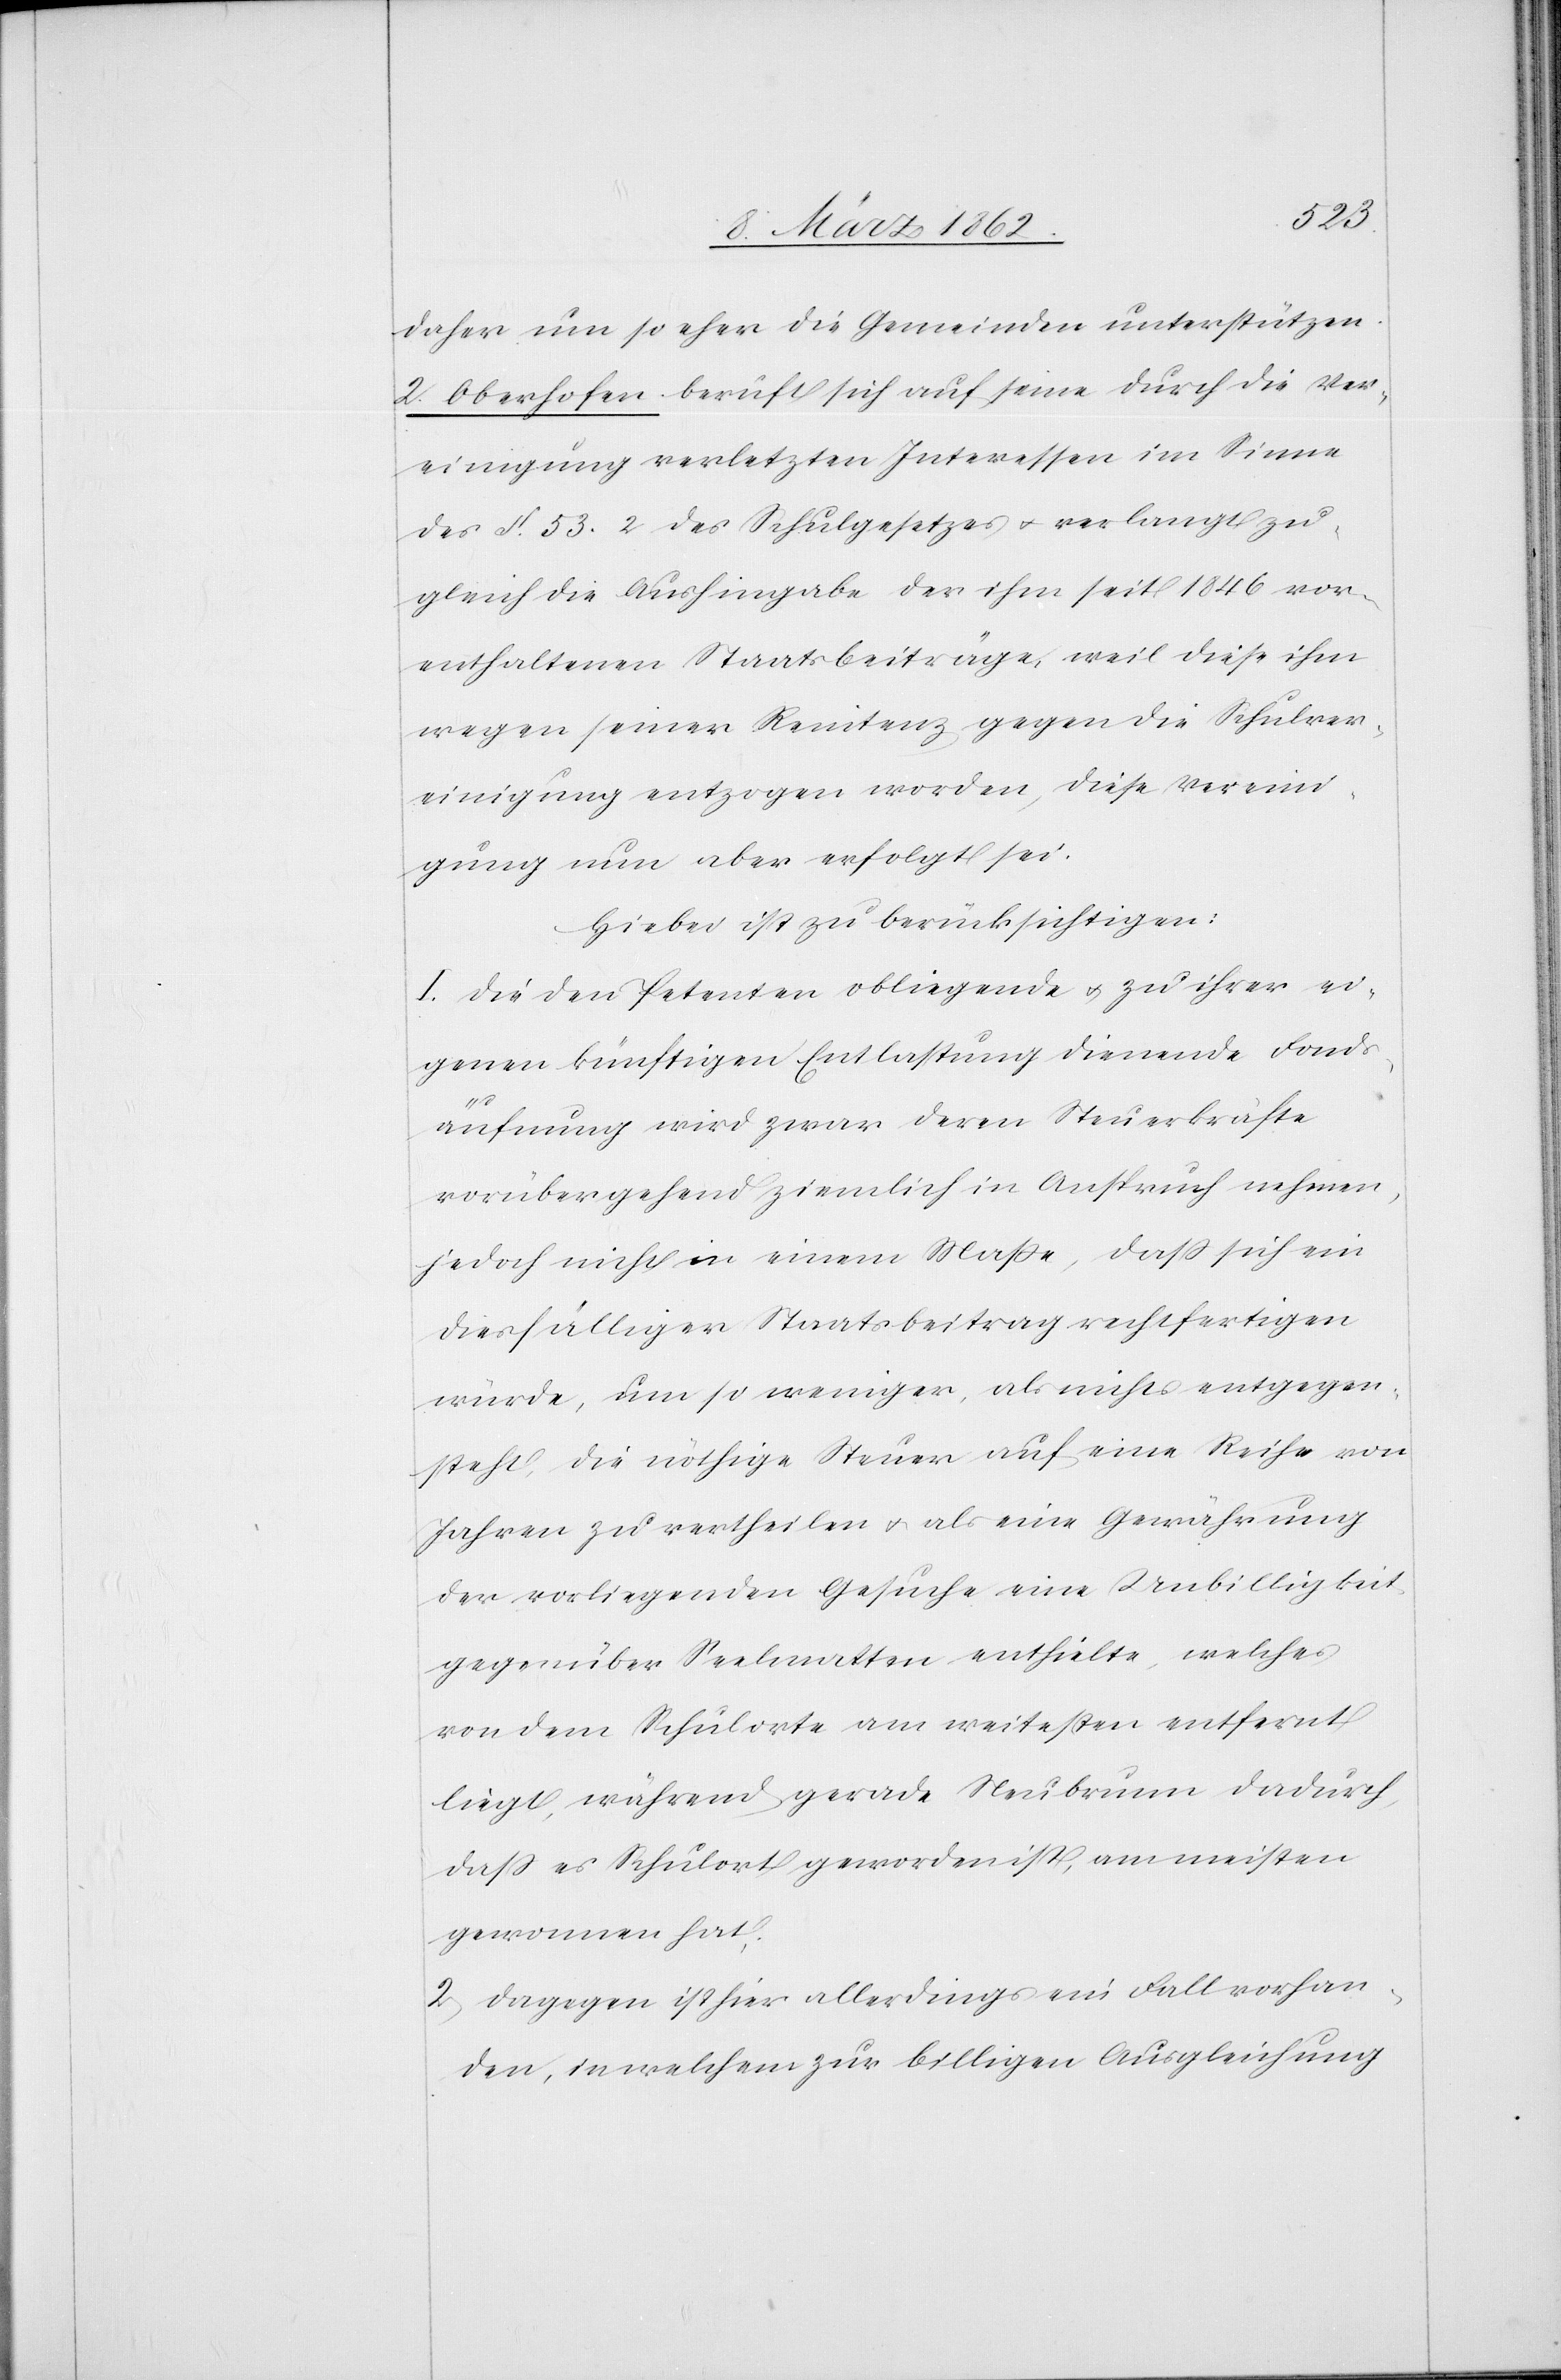
daher um so eher die Gemeinden unterstützen.
2. Oberhofen beruft sich auf seine durch die Ver¬
einigung verletzten Interessen im Sinne
des §. 53. 2 des Schulgesetzes u. verlangt zu¬
gleich die Aushingabe der ihm seit 1846 vor¬
enthaltenen Staatsbeiträge, weil diese ihm
wegen seiner Renitenz gegen die Schulver¬
einigung entzogen worden, diese Vereini¬
gung nun aber erfolgt sei.
Hiebei ist zu berücksichtigen:
I. Die den Petenten obliegende u. zu ihrer ei¬
genen künftigen Entlastung dienende Fonds¬
äufnung wird zwar deren Steuerkräfte
vorübergehend ziemlich in Anspruch nehmen,
jedoch nicht in einem Maße, daß sich ein
diesfälliger Staatsbeitrag rechtfertigen
würde, um so weniger, als nichts entgegen¬
steht, die nöthige Steuer auf eine Reihe von
Jahren zu vertheilen u. als eine Gewährung
der vorliegenden Gesuche eine Unbilligkeit
gegenüber Seelmatten enthielte, welches
von dem Schulorte am weitesten entfernt
liegt, während gerade Neubrunn dadurch,
daß es Schulort geworden ist, am meisten
gewonnen hat.
2. Dagegen ist hier allerdings ein Fall vorhan¬
den, in welchem zur billigen Ausgleichung